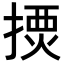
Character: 𢱾